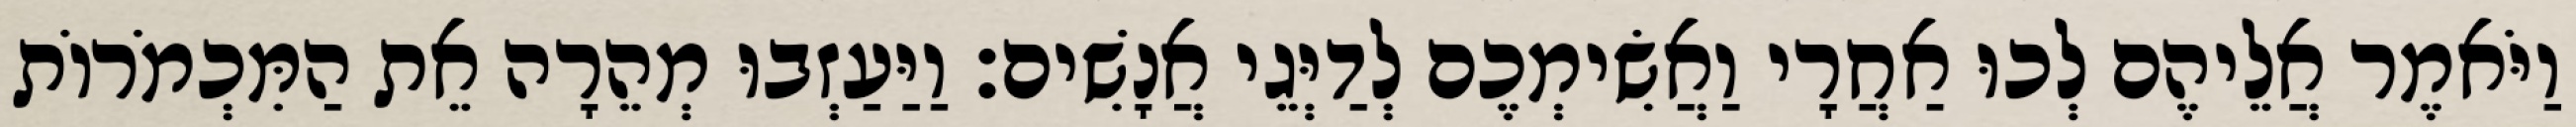
וַיֹּאמֶר אֲלֵיהֶם לְכוּ אַחֲרָי וַאֲשִׂימְכֶם לְדַיְּגֵי אֲנָשִׁים׃ וַיַּעַזְבוּ מְהֵרָה אֵת הַמִּכְמֹרוֹת